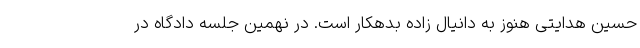
حسین هدایتی هنوز به دانیال زاده بدهکار است. در نهمین جلسه دادگاه در